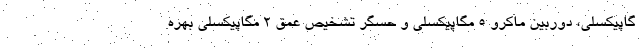
گاپیکسلی، دوربین ماکرو ۵ مگاپیکسلی و حسگر تشخیص عمق ۲ مگاپیکسلی بهره